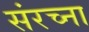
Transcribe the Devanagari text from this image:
संरच्ना